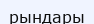
рындары